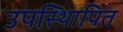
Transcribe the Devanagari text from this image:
उपस्थिापित